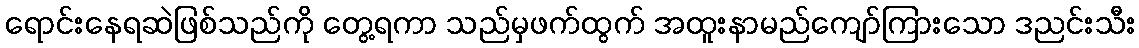
ရောင်းနေရဆဲဖြစ်သည်ကို တွေ့ရကာ သည်မှဖက်ထွက် အထူးနာမည်ကျော်ကြားသော ဒညင်းသီး